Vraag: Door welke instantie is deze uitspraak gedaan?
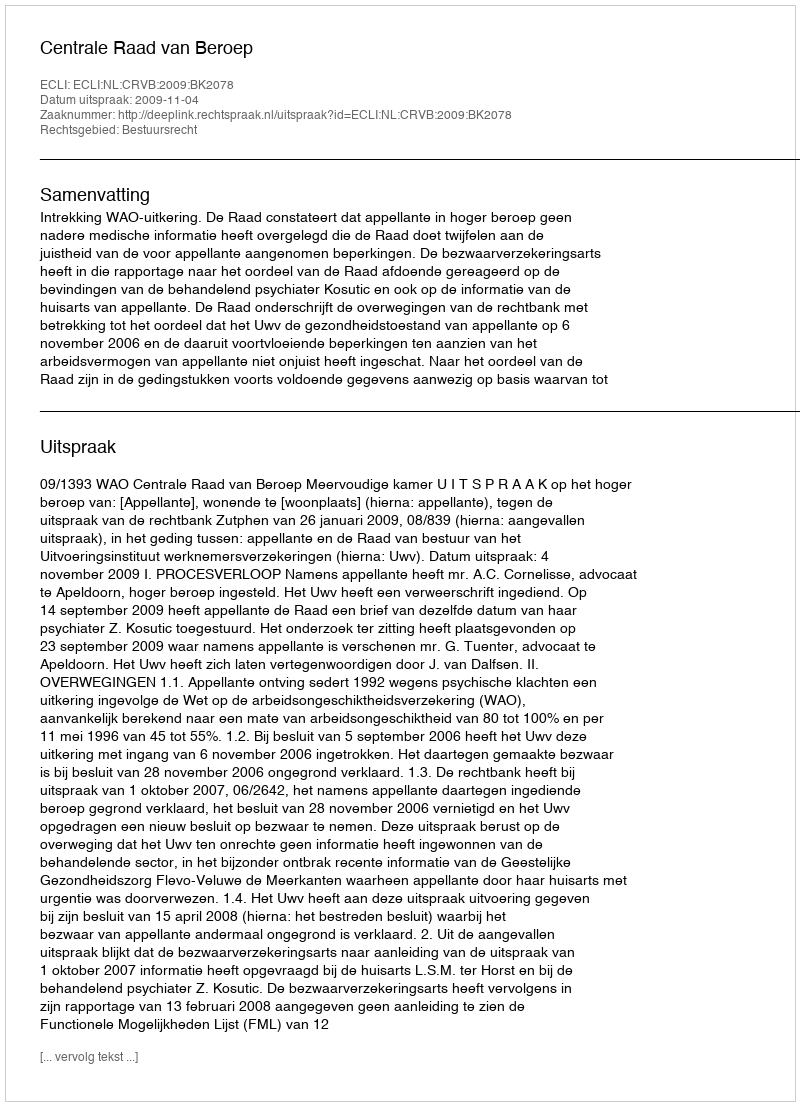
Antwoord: Centrale Raad van Beroep